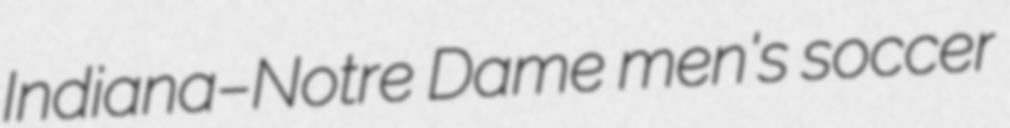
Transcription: Indiana–Notre Dame men's soccer